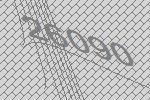
26090